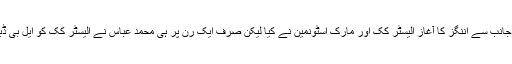
انگلینڈ کی جانب سے اننگز کا آغاز الیسٹر کک اور مارک اسٹونمین نے کیا لیکن صرف ایک رن پر ہی محمد عباس نے الیسٹر کک کو ایل بی ڈبلیو کر دیا۔